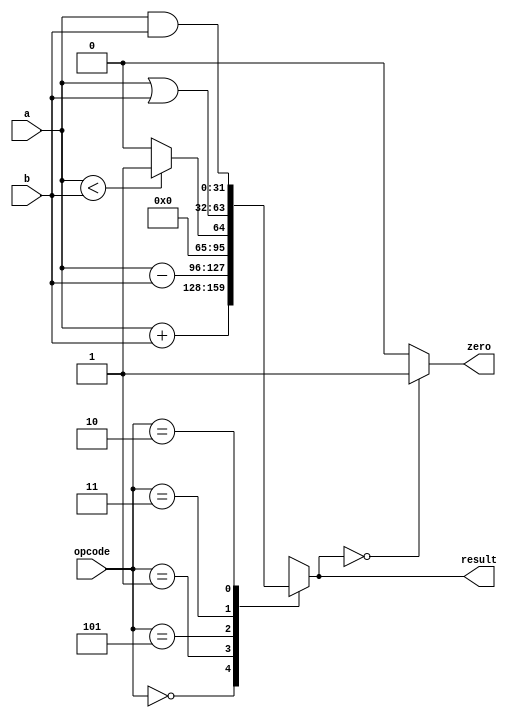
module alu 
	(
		input [31:0] a, b,
		input [2:0] opcode,
		output reg [31:0] result,
		output zero
		);
	always @(*)
	  case(opcode)
	  	3'b000: result=a+b; //add
	    3'b001: result=a-b;//sub
	    3'b101: result=a<b?32'd1:32'h00000000;//slt
	    3'b011: result=a|b;//or
	    3'b010: result=a&b;//and
	    default:result=32'hxxxxxxxx;  //invalid input
	endcase

	assign zero= result==32'h00000000 ? 1'b1:1'b0;     
endmodule